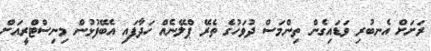
ރަށަށް އެނބުރި ވަޑައިގެން ތިންމަސް ދުވަހުގެ ތެރޭ ޕްލޭނެއް ހަދާފައި އެބޭފުޅުން މިނިސްޓްރީއަށް